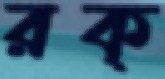
রক্